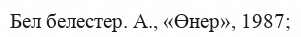
Бел белестер. А., «Өнер», 1987;